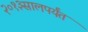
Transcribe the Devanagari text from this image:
२०१३सालपर्यंत